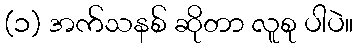
(၁) အက်သနစ် ဆိုတာ လူစု ပါပဲ။